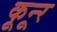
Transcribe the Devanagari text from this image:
कून्‍ूर